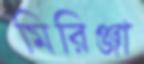
মিরিঞ্জা